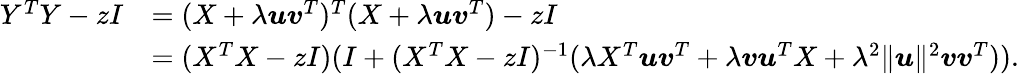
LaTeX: \begin{array}{rl}{Y^{T}Y-zI}&{=(X+\lambda{\boldsymbol u}{\boldsymbol v}^{T})^{T}(X+\lambda{\boldsymbol u}{\boldsymbol v}^{T})-zI}\\ &{=(X^{T}X-zI)(I+(X^{T}X-zI)^{-1}(\lambda X^{T}{\boldsymbol u}{\boldsymbol v}^{T}+\lambda{\boldsymbol v}{\boldsymbol u}^{T}X+\lambda^{2}\| {\boldsymbol u}\| ^{2}{\boldsymbol v}{\boldsymbol v}^{T})).}\end{array}